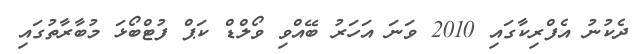
ދެކުނު އެފްރިކާގައި 2010 ވަނަ އަހަރު ބޭއްވި ވޯލްޑް ކަޕް ފުޓްބޯޅަ މުބާރާތުގައި